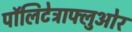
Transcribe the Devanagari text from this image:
पॉलिटेट्राफ्लुओर